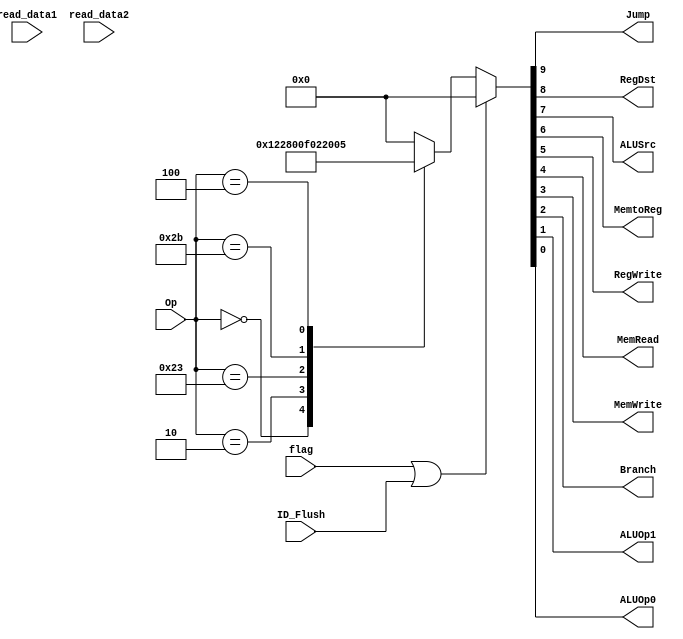
`timescale 1ns / 1ps
//////////////////////////////////////////////////////////////////////////////////
// Company: 
// Engineer: 
// 
// Design Name: 
// Module Name: CONTROL_UNIT
// Project Name: 
// Target Devices: 
// Tool Versions: 
// Description: 
// 
// Dependencies: 
// 
// Revision:
// Revision 0.01 - File Created
// Additional Comments:
// 
//////////////////////////////////////////////////////////////////////////////////


(* keep_hierarchy = "yes" *) module CONTROL_UNIT(Op, flag, ID_Flush, read_data1, read_data2, Jump, RegDst, ALUSrc, MemtoReg, RegWrite, MemRead, MemWrite, Branch, ALUOp1, ALUOp0);
    input [5:0] Op;
    input [31:0] read_data1, read_data2;
    input flag, ID_Flush;
    output Jump, RegDst, ALUSrc, MemtoReg, RegWrite, MemRead, MemWrite, Branch, ALUOp1, ALUOp0;
    reg [9:0] control;
    
    always @(Op, flag, ID_Flush) begin
        if(flag | ID_Flush) begin
            control <= 10'b0000000000;
        end else
            case (Op)
                6'b000000:
                    control <= 10'b0100100010;
                6'b000010:
                    control <= 10'b1000000000;
                6'b100011:
                    control <= 10'b0011110000;
                6'b101011:
                    control <= 10'b0010001000;
                6'b000100:
                    control <= 10'b0000000101;
                default:
                    control <= 10'b0000000000;
            endcase
    end
     
     assign {Jump, RegDst, ALUSrc, MemtoReg, RegWrite, MemRead, MemWrite, Branch, ALUOp1, ALUOp0} = control[9:0];
           
endmodule